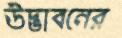
উদ্ভাবনের